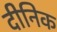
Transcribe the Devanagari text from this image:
दीनिक